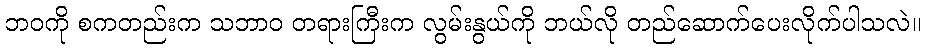
ဘဝကို စကတည်းက သဘာဝ တရားကြီးက လွမ်းနွယ်ကို ဘယ်လို တည်ဆောက်ပေးလိုက်ပါသလဲ။